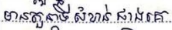
មានតួនាទីសំខាន់ជាងគេ